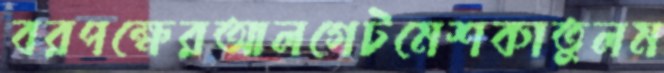
বরপক্ষেরআলগেটমেশকাতুলম